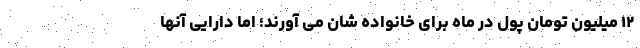
۱۲ میلیون تومان پول در ماه برای خانواده شان می آورند؛ اما دارایی آنها